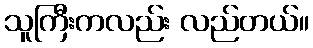
သူကြီးကလည်း လည်တယ်။